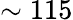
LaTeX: \sim 115